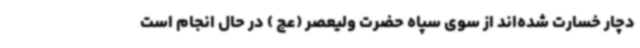
دچار خسارت شده‌اند از سوی سپاه حضرت ولیعصر (عج ) در حال انجام است